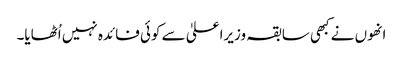
انھوں نے کبھی سابقہ وزیراعلیٰ سے کوئی فائدہ نہیں اُٹھایا۔